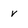
Character: v